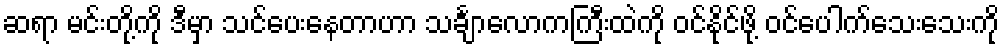
ဆရာ မင်းတို့ကို ဒီမှာ သင်ပေးနေတာဟာ သင်္ချာလောကကြီးထဲကို ဝင်နိုင်ဖို့ ဝင်ပေါက်သေးသေးကို